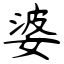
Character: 婆